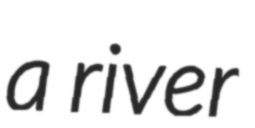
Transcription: a river